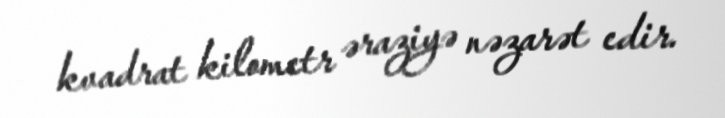
kvadrat kilometr əraziyə nəzarət edir.